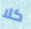
كلا